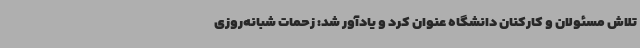
تلاش مسئولان و کارکنان دانشگاه عنوان کرد و یادآور شد: زحمات شبانه‌روزی